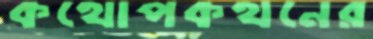
কথোপকথনের